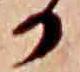
か